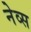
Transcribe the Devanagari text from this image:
नेव्स